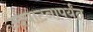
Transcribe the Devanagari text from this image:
उदघाटनापर्यंत